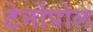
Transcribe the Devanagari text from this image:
टेर्नोपोल